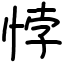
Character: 悖